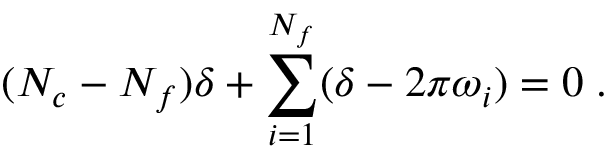
( N _ { c } - N _ { f } ) \delta + \sum _ { i = 1 } ^ { N _ { f } } ( \delta - 2 \pi \omega _ { i } ) = 0 \; .